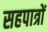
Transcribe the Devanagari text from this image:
सहपात्रों